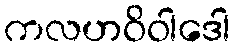
ကလဟဝိဝါဒေါ